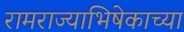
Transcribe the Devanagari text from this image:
रामराज्याभिषेकाच्या